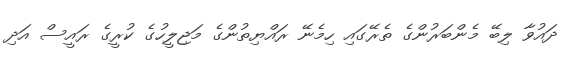
ދައުވާ ލިބޭ މެންބަރުންގެ ތެރޭގައި ހިމެނޭ ރައްޔިތުންގެ މަޖިލީހުގެ ކުރީގެ ރައީސް އަދި